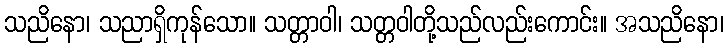
သညိနော၊ သညာရှိကုန်သော။ သတ္တာဝါ၊ သတ္တဝါတို့သည်လည်းကောင်း။ အသညိနော၊